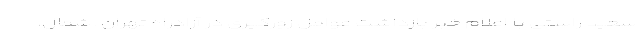
سعید راستی با اعلام خبر بازداشت عوامل زورگیری در آزادراه تهران ـ شمال،